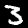
Label: 3